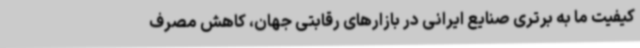
کیفیت ما به برتری صنایع ایرانی در بازارهای رقابتی جهان، کاهش مصرف